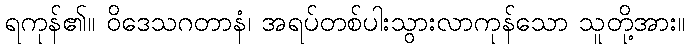
ရကုန်၏။ ဝိဒေသဂတာနံ၊ အရပ်တစ်ပါးသွားလာကုန်သော သူတို့အား။